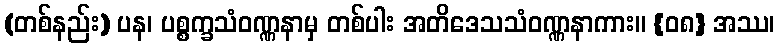
(တစ်နည်း) ပန၊ ပစ္စက္ခသံဝဏ္ဏနာမှ တစ်ပါး အတိဒေသသံဝဏ္ဏနာကား။ {၀၈} အဿ၊